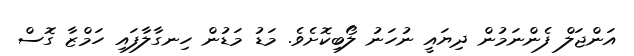
އަންޖަލް ފެންނަމުން ދިޔައީ ނުހަނު ލޯބިކޮށެވެ. މަޑު މަޑުން ހިނގާލާފައި ހަމްޒާ ގޮސް